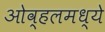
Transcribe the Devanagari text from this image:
ओव्हलमध्ये